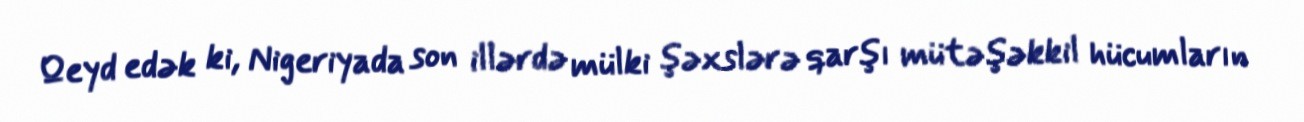
Qeyd edək ki, Nigeriyada son illərdə mülki şəxslərə qarşı mütəşəkkil hücumların